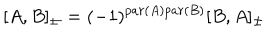
[ A , B ] _ { \pm } = ( - 1 ) ^ { p a r ( A ) p a r ( B ) } [ B , A ] _ { \pm }